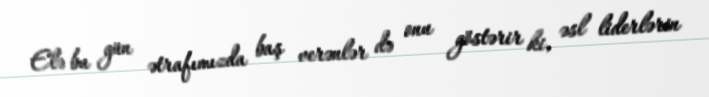
Elə bu gün ətrafımızda baş verənlər də onu göstərir ki, əsl liderlərin